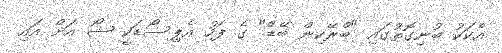
އެކަކު ބުނިގޮތުގައި "ބްރޭކިން ބޭޑް" ގެ ފަހު އެޕިސޯޑަކީ ޝޯ އަށް އައި